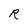
Character: R